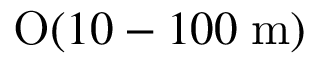
\mathrm { O } ( 1 0 - 1 0 0 \; \mathrm { m } )